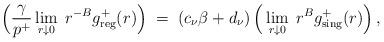
LaTeX: \begin{align*} \Big(\frac{\gamma}{p^+}\lim_{r\downarrow 0}\;r^{-B}g_{\mathrm{reg}}^+(r)\Big) \;=\; (c_\nu \beta+d_\nu)\,\Big(\lim_{r\downarrow 0}\;r^{B}g_{\mathrm{sing}}^+(r)\Big)\,, \end{align*}